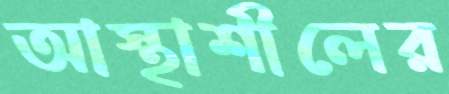
আস্থাশীলের